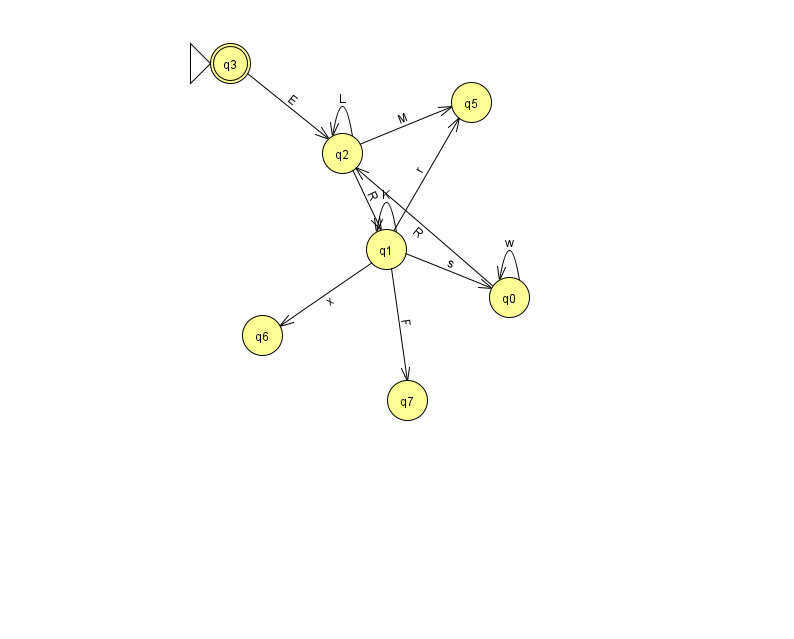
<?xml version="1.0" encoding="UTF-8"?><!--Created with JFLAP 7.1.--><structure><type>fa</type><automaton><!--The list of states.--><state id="0" name="q0"><x>509.0</x><y>284.0</y></state><state id="1" name="q1"><x>386.0</x><y>236.0</y></state><state id="2" name="q2"><x>342.0</x><y>140.0</y></state><state id="3" name="q3"><x>230.0</x><y>50.0</y><initial/><final/></state><state id="5" name="q5"><x>471.0</x><y>89.0</y></state><state id="6" name="q6"><x>262.0</x><y>322.0</y></state><state id="7" name="q7"><x>407.0</x><y>387.0</y></state><!--The list of transitions.--><transition><from>2</from><to>1</to><read>R</read></transition><transition><from>1</from><to>7</to><read>F</read></transition><transition><from>0</from><to>0</to><read>w</read></transition><transition><from>1</from><to>5</to><read>r</read></transition><transition><from>0</from><to>2</to><read>R</read></transition><transition><from>2</from><to>5</to><read>M</read></transition><transition><from>1</from><to>0</to><read>s</read></transition><transition><from>1</from><to>1</to><read>K</read></transition><transition><from>2</from><to>2</to><read>L</read></transition><transition><from>3</from><to>2</to><read>E</read></transition><transition><from>1</from><to>6</to><read>x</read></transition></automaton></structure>